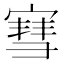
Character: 𫳯